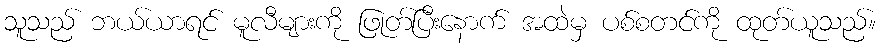
သူသည် ဘယ်ယာရင် မူလီများကို ဖြုတ်ပြီးနောက် အထဲမှ ပစ်စတင်ကို ထုတ်ယူသည်။